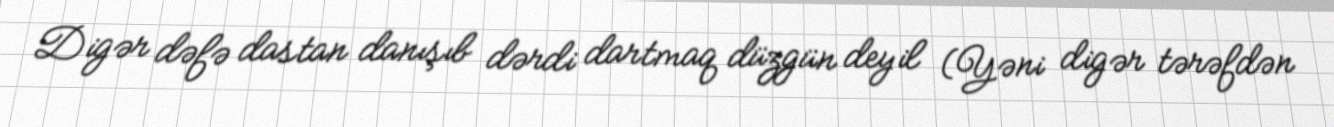
Digər dəfə dastan danışıb dərdi dartmaq düzgün deyil (Yəni digər tərəfdən